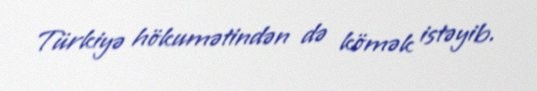
Türkiyə hökumətindən də kömək istəyib.